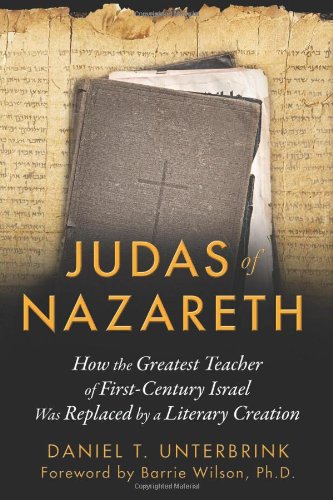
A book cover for Judas of Nazareth: How the Greatest Teacher of First-Century Israel Was Replaced by a Literary Creation; Daniel T. Unterbrink; Christian Books & Bibles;